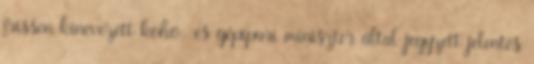
frissen kinevezett kohó- és gépipari miniszter által jegyzett jelentés